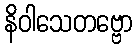
နိဝါသေတဗ္ဗော